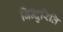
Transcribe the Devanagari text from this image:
बिन्दुरिति